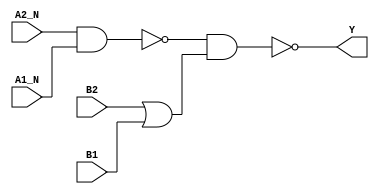
module sky130_fd_sc_ms__o2bb2ai_8 (
    Y   ,
    A1_N,
    A2_N,
    B1  ,
    B2
);
    output Y   ;
    input  A1_N;
    input  A2_N;
    input  B1  ;
    input  B2  ;
    wire nand0_out  ;
    wire or0_out    ;
    wire nand1_out_Y;
    nand nand0 (nand0_out  , A2_N, A1_N        );
    or   or0   (or0_out    , B2, B1            );
    nand nand1 (nand1_out_Y, nand0_out, or0_out);
    buf  buf0  (Y          , nand1_out_Y       );
endmodule